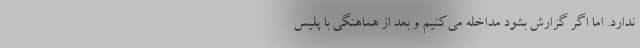
ندارد. اما اگر گزارش بشود مداخله می‌کنیم و بعد از هماهنگی با پلیس